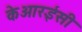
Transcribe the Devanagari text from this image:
केआरईसी